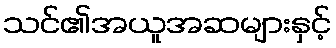
သင်၏အယူအဆများနှင့်